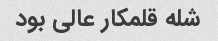
شله قلمکار عالی بود